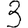
Digit: 3